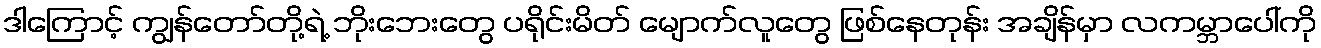
ဒါကြောင့် ကျွန်တော်တို့ရဲ့ ဘိုးဘေးတွေ ပရိုင်းမိတ် မျောက်လူတွေ ဖြစ်နေတုန်း အချိန်မှာ လကမ္ဘာပေါ်ကို